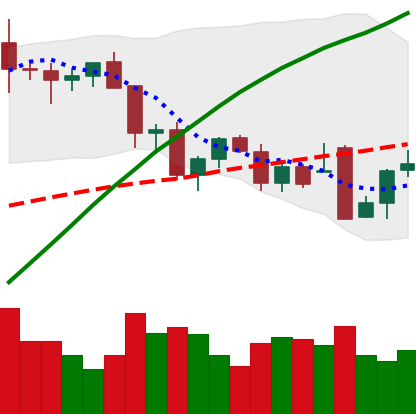
Ticker: BTC-USD
Chart end date: 2021-11-29
Forward return: -14.887%
Label: down_7plus